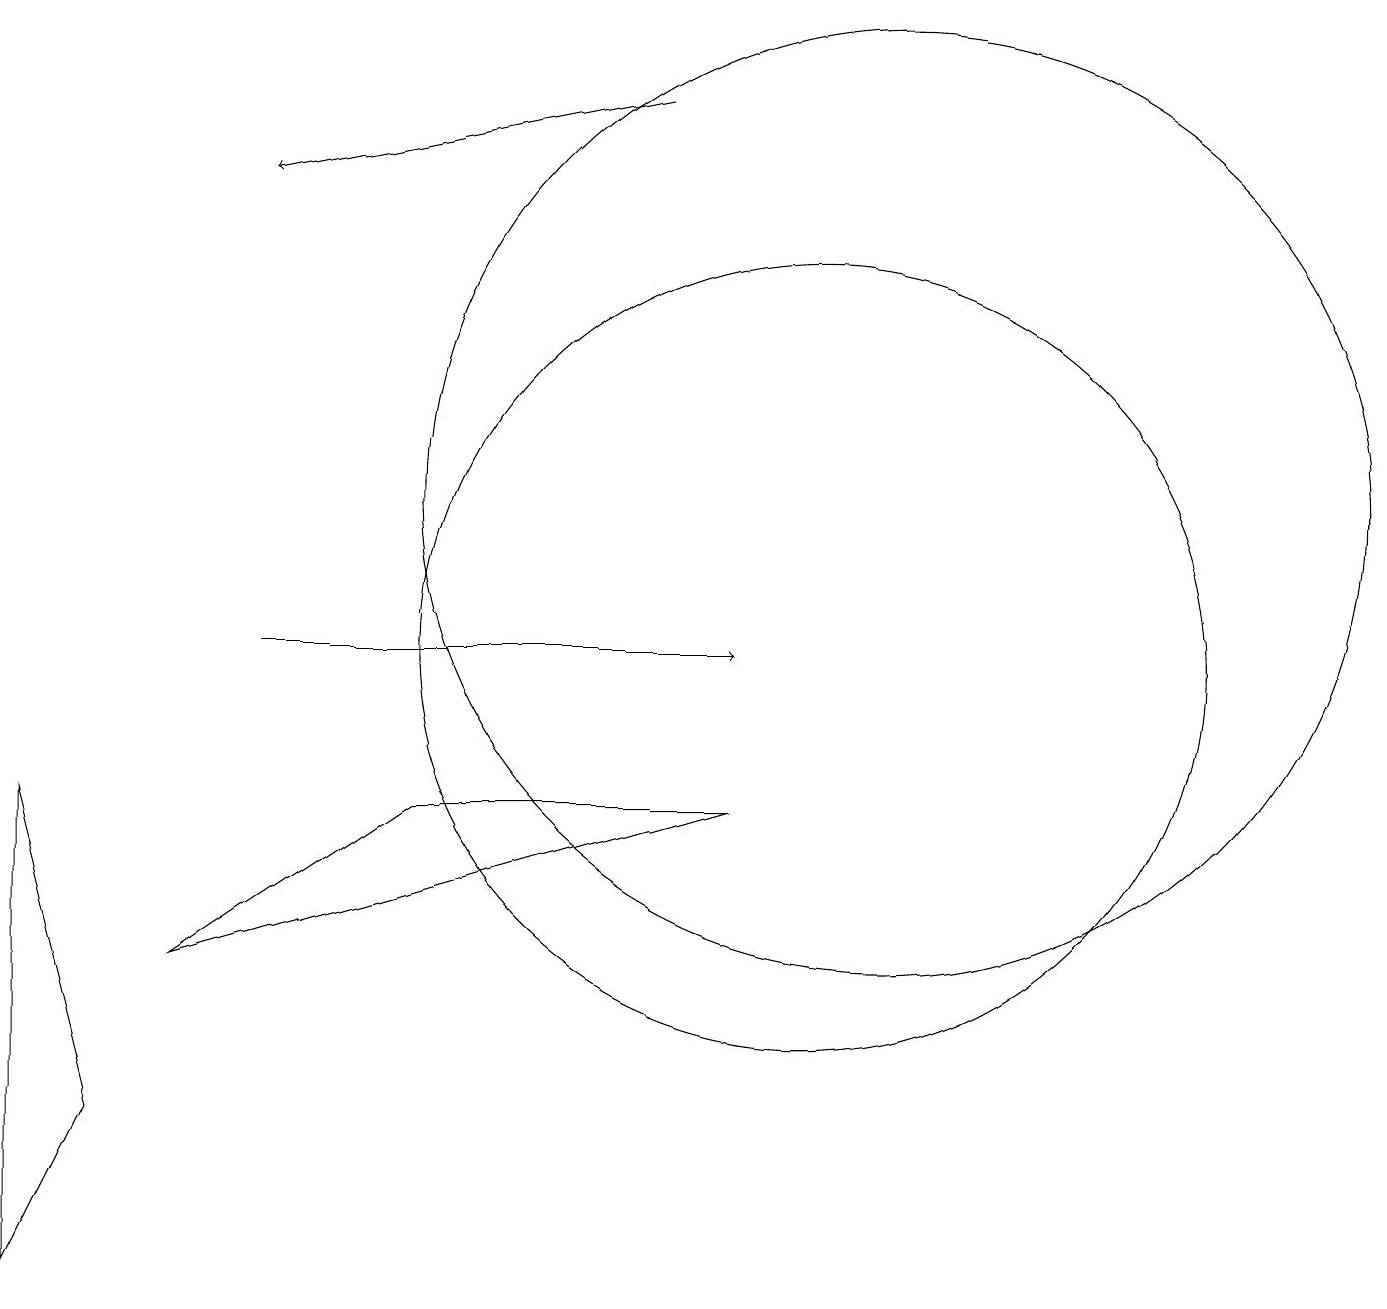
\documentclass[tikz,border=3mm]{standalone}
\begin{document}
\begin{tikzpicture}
\draw (10,10) circle (5);
\draw (11,12) circle (6);
\draw[->] (3,10) -- (9,10);
\draw (2,6) -- (5,8) -- (9,8) -- cycle;
\draw[->] (8,17) -- (3,16);
\draw (0,2) -- (1,4) -- (0,8) -- cycle;
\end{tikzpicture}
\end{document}